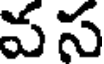
వస